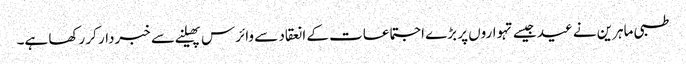
طبی ماہرین نے عید جیسے تہواروں پر بڑے اجتماعات کے انعقاد سے وائرس پھیلنے سے خبردار کر رکھا ہے۔